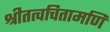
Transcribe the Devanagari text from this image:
श्रीतत्वचितामणि